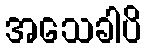
အသေခါပိ